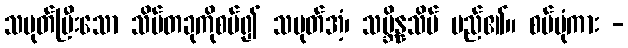
သမုတ်ပြီးသော သိမ်တခုကိုစပ်၍ သမုတ်အံ့၊ သမ္ဘိန္နသိမ် မည်၏။ စပ်ပုံကား -